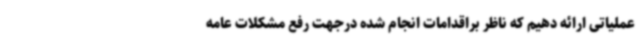
عملیاتی ارائه دهیم که ناظر براقدامات انجام شده درجهت رفع مشکلات عامه